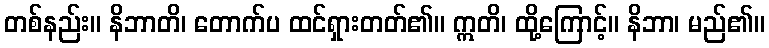
တစ်နည်း။ နိဘာတိ၊ တောက်ပ ထင်ရှားတတ်၏။ ဣတိ၊ ထို့ကြောင့်။ နိဘာ၊ မည်၏။